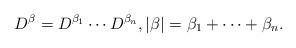
LaTeX: \begin{align*}D^\beta = D^{\beta_1} \cdots D^{\beta_n},|\beta|=\beta_1 +\cdots +\beta_n.\end{align*}